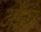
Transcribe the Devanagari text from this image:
आॅखे